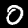
Digit: 0